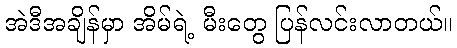
အဲဒီအချိန်မှာ အိမ်ရဲ့ မီးတွေ ပြန်လင်းလာတယ်။